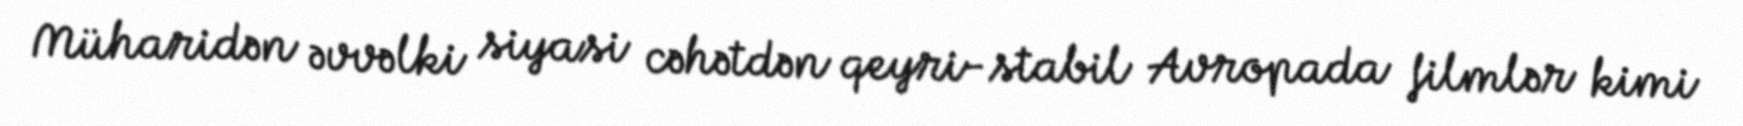
Müharidən əvvəlki siyasi cəhətdən qeyri-stabil Avropada filmlər kimi